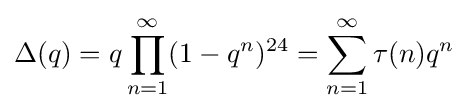
\Delta (q)=q\prod _{n=1}^{\infty }(1-q^{n})^{24}=\sum _{n=1}^{\infty }\tau (n)q^{n}